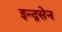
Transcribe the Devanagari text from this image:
इन्द्रसेन